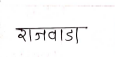
मजकूर: राजवाडा